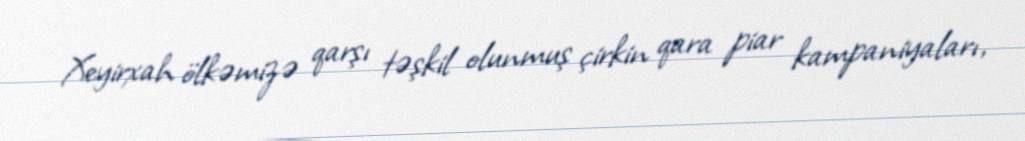
Xeyirxah ölkəmizə qarşı təşkil olunmuş çirkin qara piar kampaniyaları,